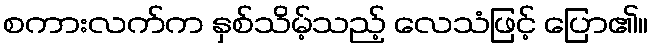
စကားလက်က နှစ်သိမ့်သည့် လေသံဖြင့် ပြော၏။